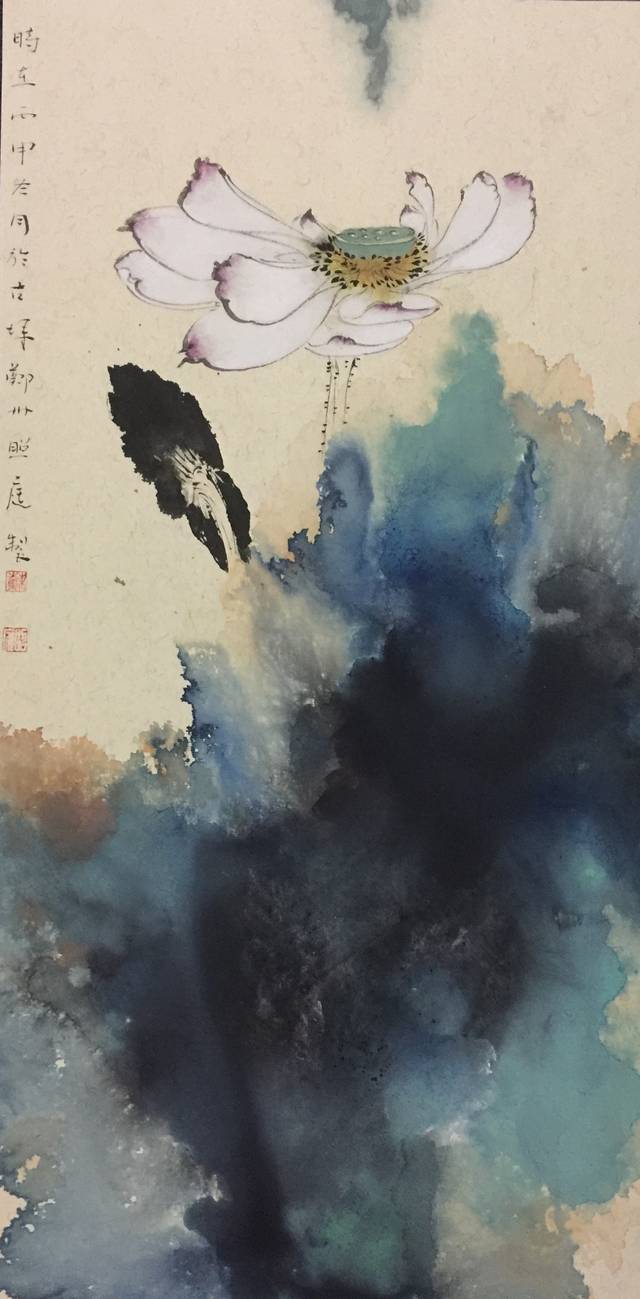
淅淅西风淡淡烟，几点疏疏雨。